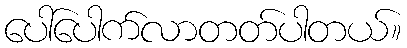
ပေါ်ပေါက်လာတတ်ပါတယ်။